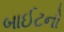
બાઈટનો